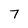
Character: 7